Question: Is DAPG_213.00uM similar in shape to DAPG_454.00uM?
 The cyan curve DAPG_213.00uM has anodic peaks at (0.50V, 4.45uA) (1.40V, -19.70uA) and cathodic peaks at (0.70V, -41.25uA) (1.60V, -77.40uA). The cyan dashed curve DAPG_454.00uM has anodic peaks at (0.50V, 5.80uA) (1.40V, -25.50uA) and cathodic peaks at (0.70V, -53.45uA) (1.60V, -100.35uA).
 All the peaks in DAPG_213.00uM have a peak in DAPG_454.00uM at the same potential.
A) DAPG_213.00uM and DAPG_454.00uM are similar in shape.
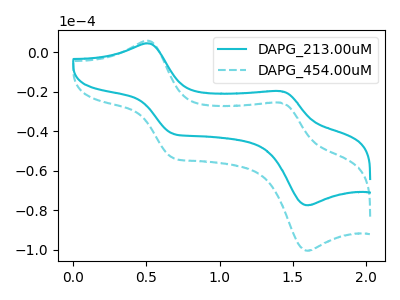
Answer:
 <answer>A) "DAPG_213.00uM" and "DAPG_454.00uM" are similar in shape.</answer>
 <eval>A</eval>